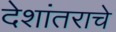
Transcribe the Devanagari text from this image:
देशांतराचे